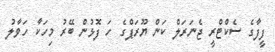
ފީފާގެ ސެކްޓްރީ ޖެނަރަލް ކަން ޔޫރަޕްގެ ހަ ފޮޅުން ބޭރު މިހަކާ ހަވާލު